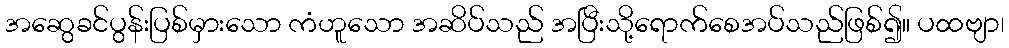
အဆွေခင်ပွန်းပြစ်မှားသော ကံဟူသော အဆိပ်သည် အပြီးသို့ရောက်စေအပ်သည်ဖြစ်၍။ ပထဗျာ၊